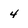
Character: 4